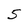
Character: 5